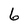
Character: 6